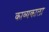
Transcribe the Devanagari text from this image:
काव्यकाला